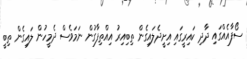
ސޯފާއެއްގައި ދާދި ކައިރީގައި އިށީދެލައިގެން ތިބިއިރު އިއްތިފާގުން ނަމަވެސް ދެމީހުން ލައިގެން ތިބީ